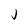
Character: J